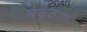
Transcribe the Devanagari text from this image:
मढ़वाए